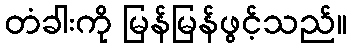
တံခါးကို မြန်မြန်ဖွင့်သည်။